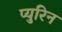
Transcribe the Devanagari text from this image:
प्युरिन